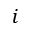
i